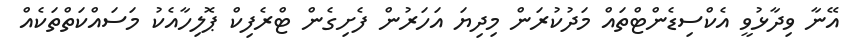
އޭނާ ވިދާޅުވީ އެކްސިޑެންޓްތައް މަދުކުރަން މިދިޔަ އަހަރުން ފެށިގެން ޓްރެފިކް ޕޮލިހާއެކު މަސައްކަތްތަކެއް